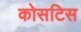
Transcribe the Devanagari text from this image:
कोसटिस